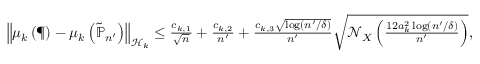
\begin{array} { r } { \left\| { \mu _ { k } \left( \P \right) - \mu _ { k } \left( \tilde { \mathbb { P } } _ { n ^ { \prime } } \right) } \right\| _ { \mathcal { H } _ { k } } \leq \frac { c _ { k , 1 } } { \sqrt { n } } + \frac { c _ { k , 2 } } { n ^ { \prime } } + \frac { c _ { k , 3 } \sqrt { \log ( n ^ { \prime } / \delta ) } } { n ^ { \prime } } \sqrt { \mathcal N _ { X } \left( \frac { 1 2 a _ { k } ^ { 2 } \log ( n ^ { \prime } / \delta ) } { n ^ { \prime } } \right) } , } \end{array}